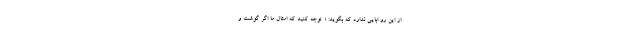
از این رو ابایی ندارد که بگوید: « توجه کنید که امثال ما اگر گوشت و